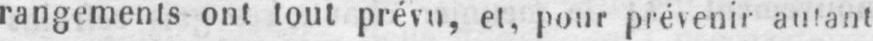
rangements oui tout prévu, et, pour prévenir autant